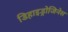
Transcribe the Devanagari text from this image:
डिहाइड्रोजिनेस